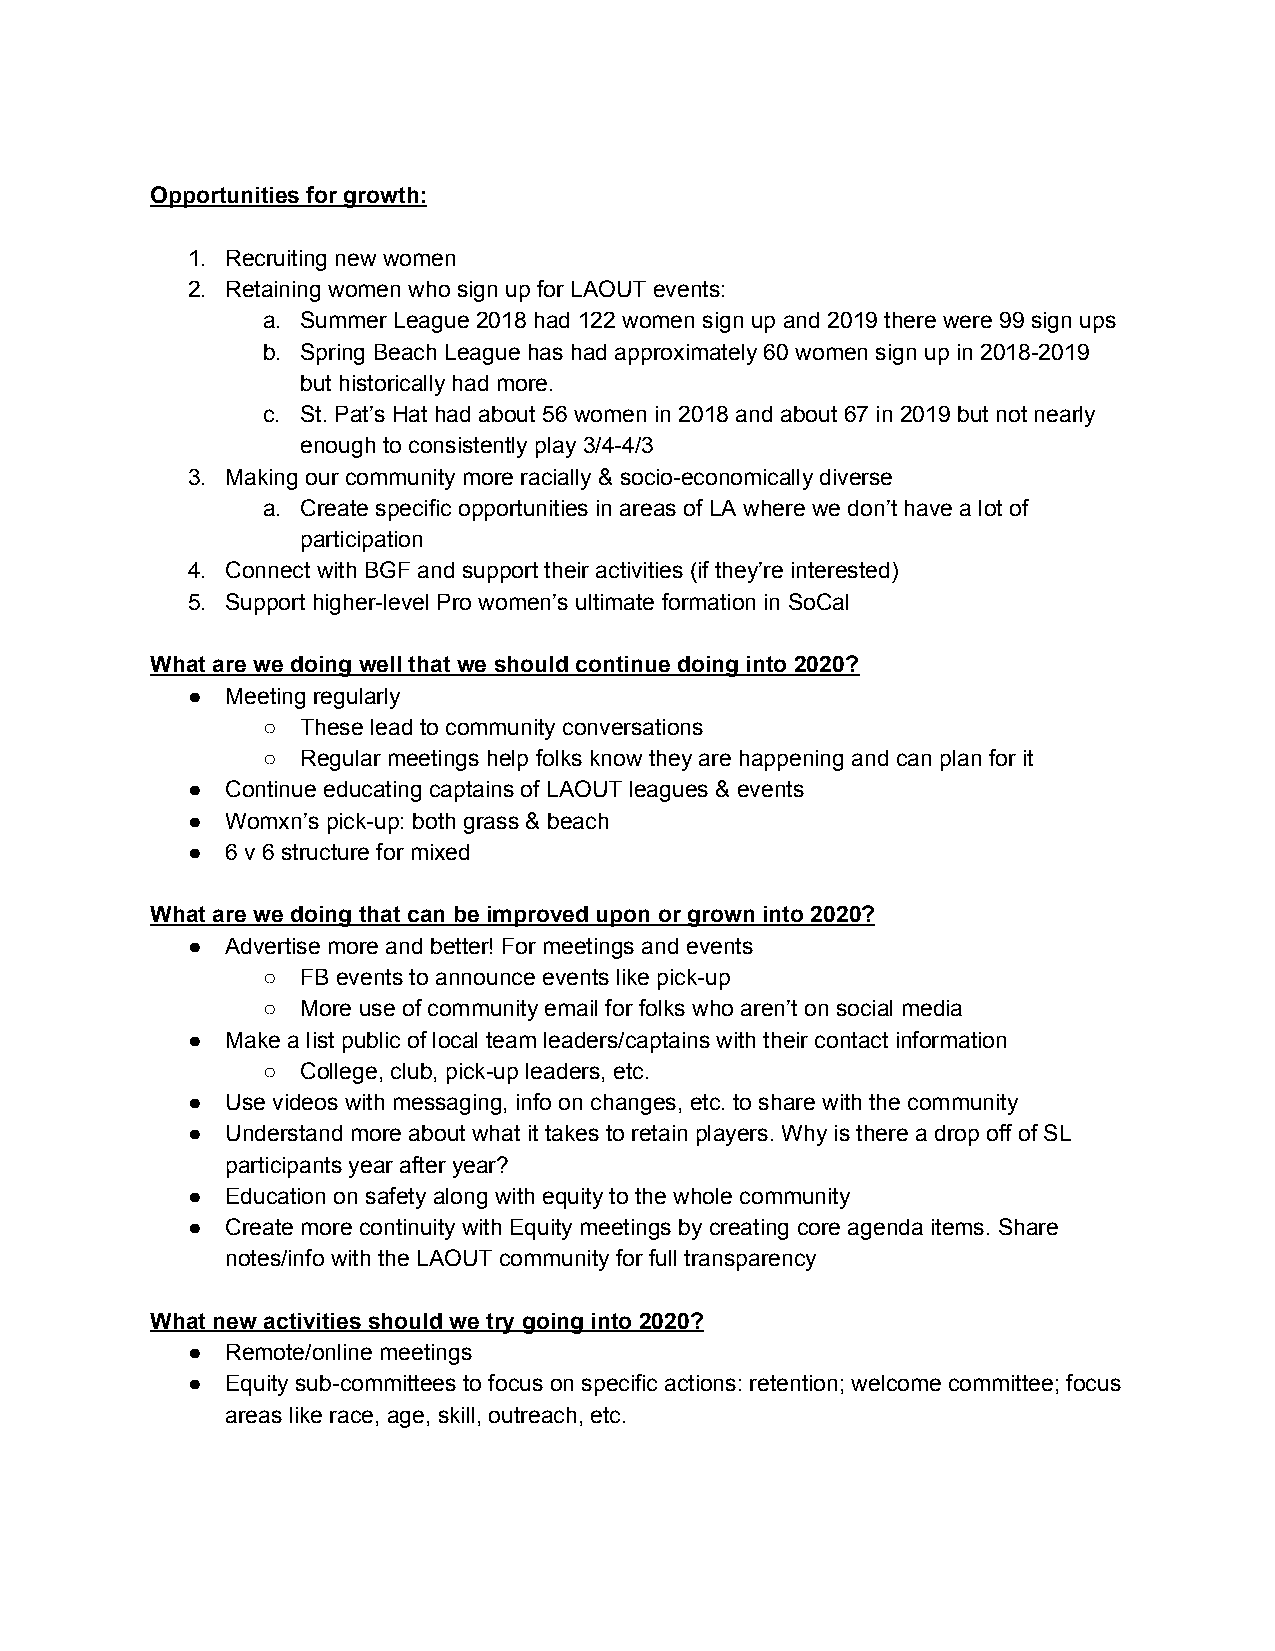
Opportunities for growth:
 1. Recruiting new women
 2. Retaining women who sign up for LAOUT events:
 a. Summer League 2018 had 122 women sign up and 2019 there were 99 sign ups
 b. Spring Beach League has had approximately 60 women sign up in 2018-2019
 but historically had more.
 c. St. Pat’s Hat had about 56 women in 2018 and about 67 in 2019 but not nearly
 enough to consistently play 3/4-4/3
 3. Making our community more racially & socio-economically diverse
 a. Create specific opportunities in areas of LA where we don’t have a lot of
 participation
 4. Connect with BGF and support their activities (if they’re interested)
 5. Support higher-level Pro women’s ultimate formation in SoCal
 What are we doing well that we should continue doing into 2020?
 ●  Meeting regularly
 ○  These lead to community conversations
 ○  Regular meetings help folks know they are happening and can plan for it
 ●  Continue educating captains of LAOUT leagues & events
 ●  Womxn’s pick-up: both grass & beach
 ●  6 v 6 structure for mixed
 What are we doing that can be improved upon or grown into 2020?
 ●  Advertise more and better! For meetings and events
 ○  FB events to announce events like pick-up
 ○  More use of community email for folks who aren’t on social media
 ●  Make a list public of local team leaders/captains with their contact information
 ○  College, club, pick-up leaders, etc.
 ●  Use videos with messaging, info on changes, etc. to share with the community
 ●  Understand more about what it takes to retain players. Why is there a drop off of SL
 participants year after year?
 ●  Education on safety along with equity to the whole community
 ●  Create more continuity with Equity meetings by creating core agenda items. Share
 notes/info with the LAOUT community for full transparency
 What new activities should we try going into 2020?
 ●  Remote/online meetings
 ●  Equity sub-committees to focus on specific actions: retention; welcome committee; focus
 areas like race, age, skill, outreach, etc.